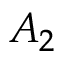
A _ { 2 }